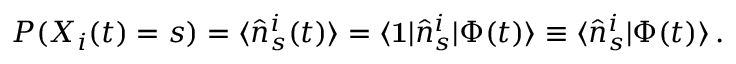
P ( X _ { i } ( t ) = s ) = \langle \hat { n } _ { s } ^ { i } ( t ) \rangle = \langle \mathbf { 1 } | \hat { n } _ { s } ^ { i } | \Phi ( t ) \rangle \equiv \langle \hat { n } _ { s } ^ { i } | \Phi ( t ) \rangle \, .